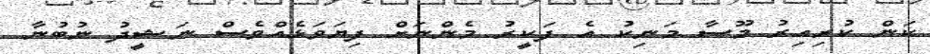
ކަން ކުރިއިރު މޫސާ މަނިކު އެ ފަކީރު މެންނަށް ފިޔަވަޅެއްވެސް ނަޝީދު ނުބުނާ